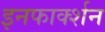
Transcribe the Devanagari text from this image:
इनफार्क्शन